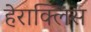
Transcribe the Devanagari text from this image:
हेराक्लिस